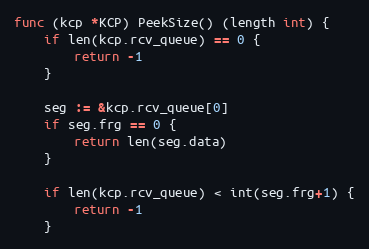
Language: Go
func (kcp *KCP) PeekSize() (length int) {
	if len(kcp.rcv_queue) == 0 {
		return -1
	}

	seg := &kcp.rcv_queue[0]
	if seg.frg == 0 {
		return len(seg.data)
	}

	if len(kcp.rcv_queue) < int(seg.frg+1) {
		return -1
	}